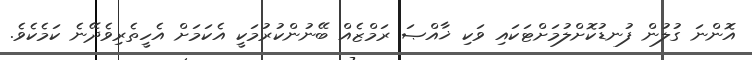
އޮންނަ ގުލުން ފުނޑުކޮށްލުމަށްޓަކައި ވަކި ޚާއްޞަ ރަމްޒެއް ބޭނުންކުރުމަކީ އެކަމަށް އެހީތެރިވެދޭނެ ކަމެކެވެ.